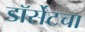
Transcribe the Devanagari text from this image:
डॉर्सेटचा